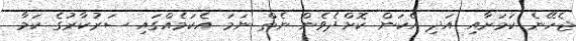
ޖެހޭނެ ކަމަށާއި އަދި އެކަން ކޮށްދެވެން ނެތް ނަމަ އެކަމެއްގައި ސަރުކާރުގެ ކަމާ